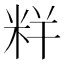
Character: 𥹎